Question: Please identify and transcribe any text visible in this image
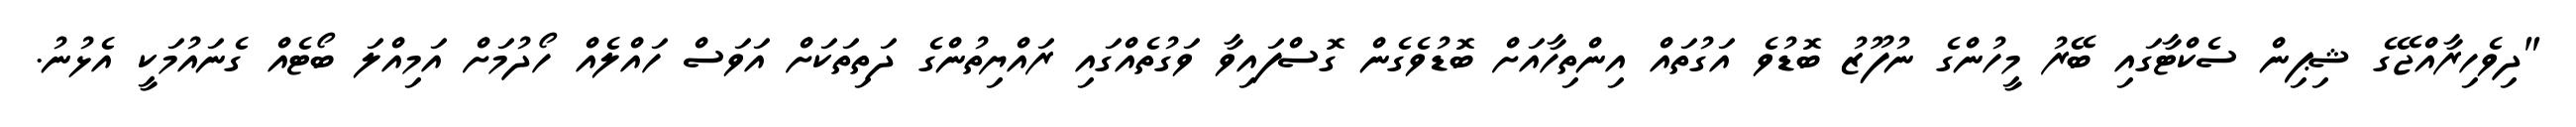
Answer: "ދިވެހިރާއްޖޭގެ ޝިޕިން ސެކްޓާގައި ބޭރު މީހުންގެ ނުފޫޒު ބޮޑުވެ އަގުތައް އިންތިހާއަށް ބޮޑުވެގެން ގޮސްފައިވާ ވަގުތެއްގައި ރައްޔިތުންގެ ދަތިތަކަށް އަވަސް ހައްލެއް ހޯދުމަށް އަމިއްލަ ބޯޓެއް ގެނައުމަކީ އެޅުނު.